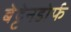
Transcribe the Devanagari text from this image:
बेट्टेनडोर्फ